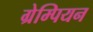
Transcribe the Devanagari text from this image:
ग्रेम्पियन